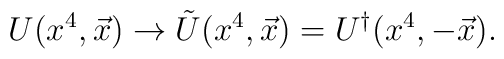
U(x^4,\vec{x})\rightarrow \tilde{U}(x^4,\vec{x}) = U^\dagger(x^4,-\vec{x}).